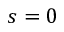
s = 0